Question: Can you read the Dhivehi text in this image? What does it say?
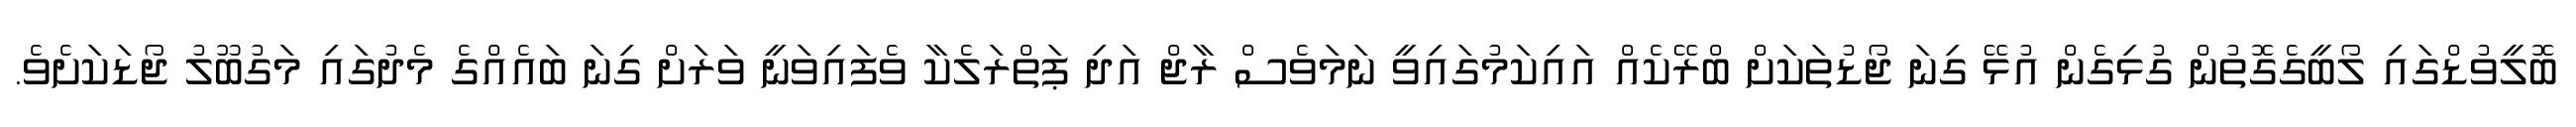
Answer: ބޮލީވުޑްގައި ލޯބީގެގޮތުން ގުޅިގެން އުޅޭ ގިނަ ޖޯޑުތަކަށް ބްރޭކެއް އައިކަމުގައިވީ ނަމަވެސް ރާޖް އަދި ޕަތްރަލެކާ ވެފައިވަނީ ވަރަށް ގިނަ ބައެއްގެ މެދުގައި މަގުބޫލު ޖޯޑަކަށެވެ.